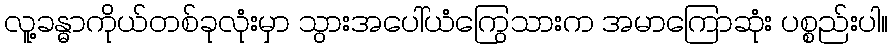
လူ့ခန္ဓာကိုယ်တစ်ခုလုံးမှာ သွားအပေါ်ယံကြွေသားက အမာကြောဆုံး ပစ္စည်းပါ။